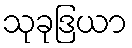
သုခုဒြယာ